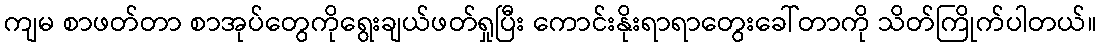
ကျမ စာဖတ်တာ စာအုပ်တွေကိုရွေးချယ်ဖတ်ရှုပြီး ကောင်းနိုးရာရာတွေးခေါ်တာကို သိတ်ကြိုက်ပါတယ်။